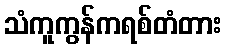
သံကူကွန်ကရစ်တံတား